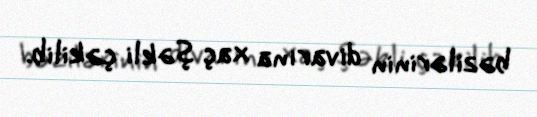
bəzilərinin divarına xaç şəkli çəkilib.